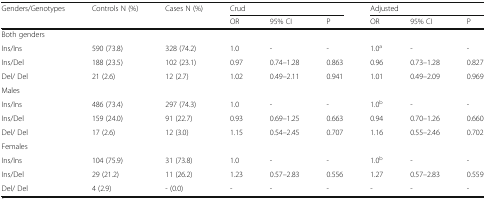
<table><thead><tr><td rowspan="2"><b>Genders/Genotypes</b></td><td rowspan="2"><b>Controls N (%)</b></td><td rowspan="2"><b>Cases N (%)</b></td><td colspan="3"><b>Crud</b></td><td colspan="3"><b>Adjusted</b></td></tr><tr><td><b>OR</b></td><td><b>95% CI</b></td><td><b>P</b></td><td><b>OR</b></td><td><b>95% CI</b></td><td><b>P</b></td></tr></thead><tbody><tr><td colspan="9">Both genders</td></tr><tr><td>Ins/Ins</td><td>590 (73.8)</td><td>328 (74.2)</td><td>1.0</td><td>-</td><td>-</td><td>1.0<sup>a</sup></td><td>-</td><td>-</td></tr><tr><td>Ins/Del</td><td>188 (23.5)</td><td>102 (23.1)</td><td>0.97</td><td>0.74–1.28</td><td>0.863</td><td>0.96</td><td>0.73–1.28</td><td>0.827</td></tr><tr><td>Del/ Del</td><td>21 (2.6)</td><td>12 (2.7)</td><td>1.02</td><td>0.49–2.11</td><td>0.941</td><td>1.01</td><td>0.49–2.09</td><td>0.969</td></tr><tr><td colspan="9">Males</td></tr><tr><td>Ins/Ins</td><td>486 (73.4)</td><td>297 (74.3)</td><td>1.0</td><td>-</td><td>-</td><td>1.0<sup>b</sup></td><td>-</td><td>-</td></tr><tr><td>Ins/Del</td><td>159 (24.0)</td><td>91 (22.7)</td><td>0.93</td><td>0.69–1.25</td><td>0.663</td><td>0.94</td><td>0.70–1.26</td><td>0.660</td></tr><tr><td>Del/ Del</td><td>17 (2.6)</td><td>12 (3.0)</td><td>1.15</td><td>0.54–2.45</td><td>0.707</td><td>1.16</td><td>0.55–2.46</td><td>0.702</td></tr><tr><td colspan="9">Females</td></tr><tr><td>Ins/Ins</td><td>104 (75.9)</td><td>31 (73.8)</td><td>1.0</td><td>-</td><td>-</td><td>1.0<sup>b</sup></td><td>-</td><td>-</td></tr><tr><td>Ins/Del</td><td>29 (21.2)</td><td>11 (26.2)</td><td>1.23</td><td>0.57–2.83</td><td>0.556</td><td>1.27</td><td>0.57–2.83</td><td>0.559</td></tr><tr><td>Del/ Del</td><td>4 (2.9)</td><td>- (0.0)</td><td>-</td><td>-</td><td>-</td><td>-</td><td>-</td><td>-</td></tr></tbody></table>